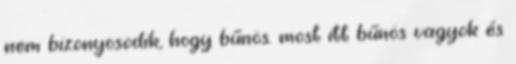
nem bizonyosodik, hogy bűnös. most itt bűnös vagyok és